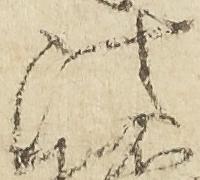
法